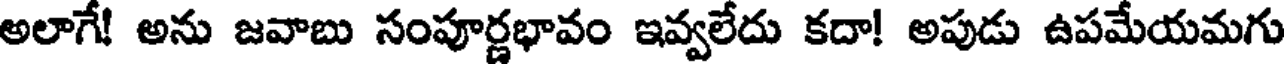
అలాగే! అను జవాబు సంపూర్ణభావం ఇవ్వలేదు కదా! అపుడు ఉపమేయమగు